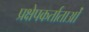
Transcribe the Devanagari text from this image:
प्रक्षेपकर्ताताओं